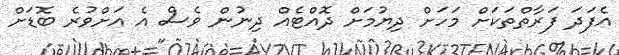
އެފަދަ ފަރާތްތަކަށް މަހަށް ދިޔުމަށް ދޮއްޓެއް ދިނުން ވެސް އެ އަށްވުރެ ބޮޑަށް